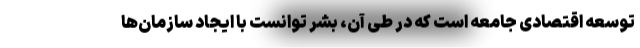
توسعه اقتصادی جامعه است که در طی آن، بشر توانست با ایجاد سازمان‌ها